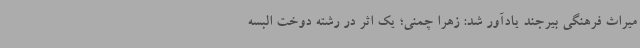
میراث فرهنگی بیرجند یادآور شد: زهرا چمنی؛ یک اثر در رشته دوخت البسه